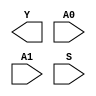
module sky130_fd_sc_ls__udp_mux_2to1_N (
    Y ,
    A0,
    A1,
    S
);

    output Y ;
    input  A0;
    input  A1;
    input  S ;
endmodule